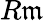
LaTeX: R\mathfrak{m}